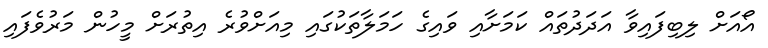
އޯއަށް ލިބިފައިވާ އަދަދުތައް ކަމަށާއި ވައިގެ ހަމަލާތަކުގައި މިއަށްވުރެ އިތުރަށް މީހުން މަރުވެފައި